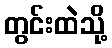
တွင်းထဲသို့